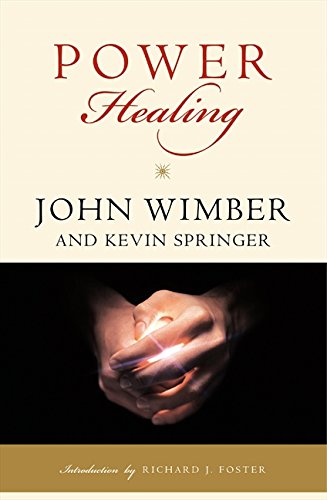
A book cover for Power Healing; John Wimber; Christian Books & Bibles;